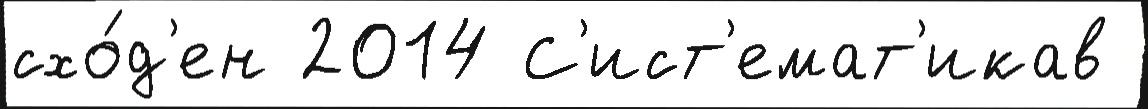
схо́д'ен 2014 С'ист'емат'икав